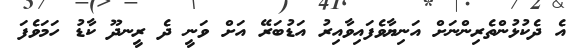
އެ ދެކުޅުންތެރިންނަށް އަނިޔާވެފައިވާއިރު އަޑުބަރޭ އަށް ވަނީ ދެ ރީނދޫ ކާޑު ހަމަވެފަ